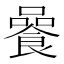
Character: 𩜻